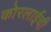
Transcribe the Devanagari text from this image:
कोरलाईची